Civil Veterinary Department Bihar & Orissa reports 1929-36 - 1929-1936
Year: 1929
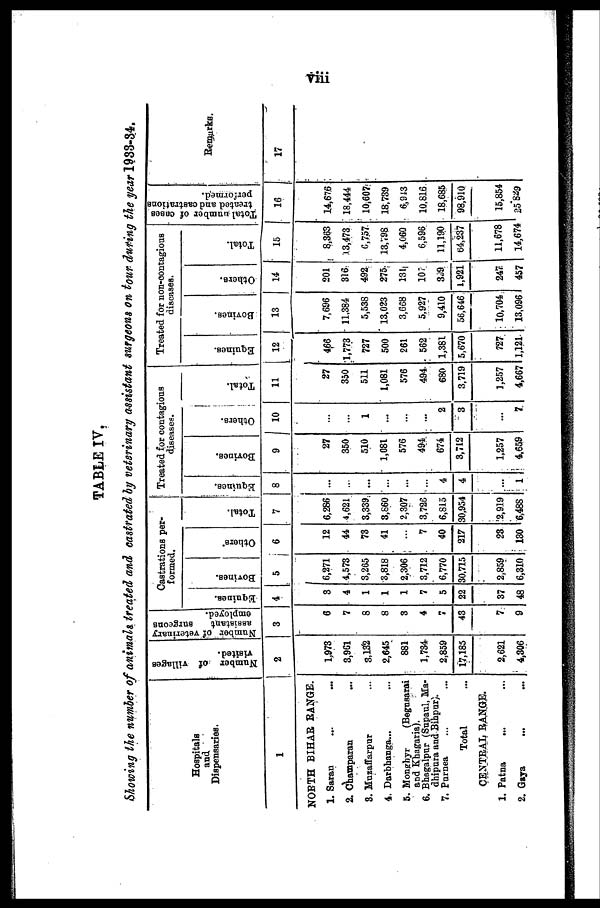
viii
TABLE IV.
Showing the number of animals treated and castrated by veterinary assistant surgeons on tour during the year 1933-34.
Hospitals
and
Dispensaries.
1
NORTH BIHAR RANGE.
1. Saran ... ...
2. Champaran ...
3. Muzaffarpur ...
4. Darbhanga... ...
5. Monghyr (Begusarai
and Khagaria).
6. Bhagalpur (Supaul, Ma-
dhipura and Bihpur).
7. Purnea ... ...
Total
CENTRAL RANGE.
1. Patna ... ...
2. Gaya ... ...
Number of Tillages
visited.
2
1,973
3,961
8,132
2,645
881
1,734
2,859
17,185
2,621
4,806
Number of veterinary
assistant
surgeons
employed.
3
6
7
8
8
8
4
7
43
7
9
Castrations per-
formed.
Equines.
4
3
4
1
1
1
7
5
22
37
48
Bovines.
5
6,271
4,573
3,265
3,818
2,306
3,712
6,770
30,715
2,859
6,310
Others.
6
12
44
73
41
...
7
40
217
23
130
Total.
7
6,286
4,621
3,339
8,660
2,307
8,726
6,815
30,954
2,919
6,488
Treated for contagious
diseases.
Equines.
8
...
...
...
...
...
...
4
4
...
1
Bovines.
9
27
350
510
1,081
576
494
674
3,712
1,257
4,659
Others.
10
...
...
1
...
...
...
2
3
...
7
Total.
11
27
350
511
1,081
576
494
680
3,719
1,257
4,667
Treated for non-contagious
diseases.
Equines.
12
466
1,773
727
500
261
562
1,381
5,670
727
1,121
Bovines.
13
7,696
11.384
5,538
13,023
3,668
5,927
9,410
56,646
10,704
13,096
Others.
14
201
316
492
275
131
107
309
1,921
247
457
Total.
15
8,363
13,473
6,757
13,798
4,060
6,596
11,190
64,237
11,678
14,674
Total number of cases
treated and castrations
performed.
16
14,676
18,444
10,607
18,739
6,943
10,816
18,685
98,910
15,854
25,829
Remarks.
17